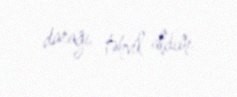
darağı təhvil aldım.